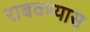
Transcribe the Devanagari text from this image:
राबवण्यास